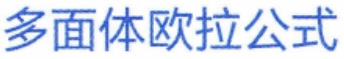
多面体欧拉公式